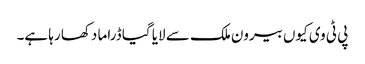
پی ٹی وی کیوں بیرون ملک سے لایا گیا ڈراما دکھا رہا ہے۔